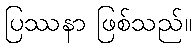
ပြဿနာ ဖြစ်သည်။